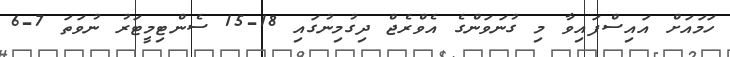
ހަމައަށް އައިސްފައިވާ މި ގުނަވަންގެ އެވްރެޖް ދިގުމިނުގައި 18-15 ސެންޓިމީޓަރު ނުވަތަ 7-6